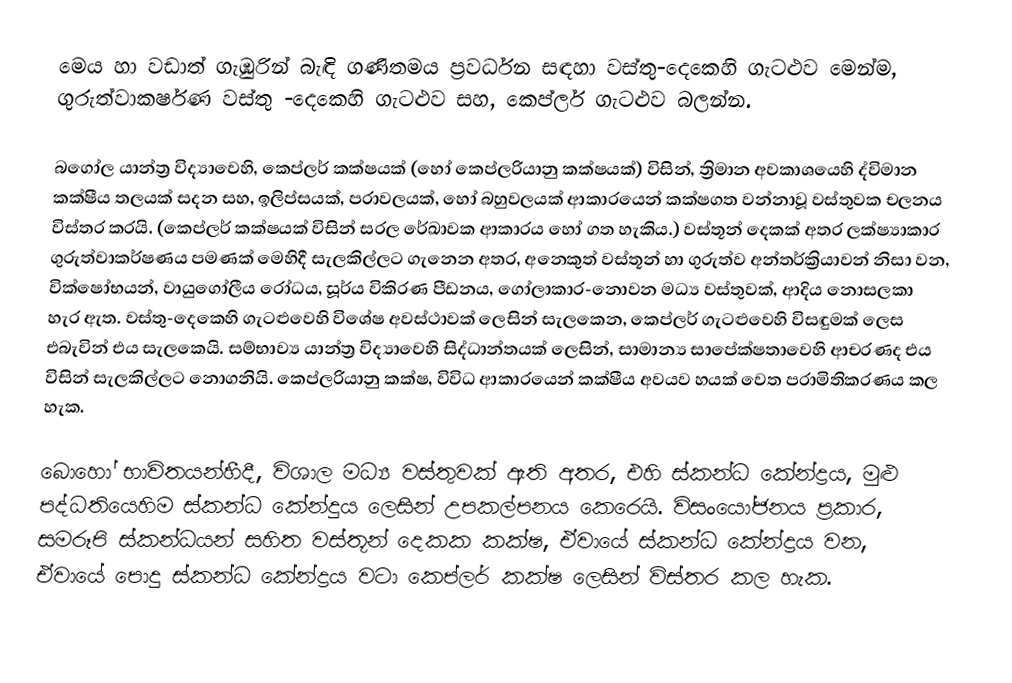
මෙය හා වඩාත් ගැඹුරින් බැඳි ගණිතමය ප්‍රවර්ධන සඳහා වස්තු-දෙකෙහි ගැටළුව මෙන්ම, ගුරුත්වාකර්ෂණ වස්තු -දෙකෙහි ගැටළුව සහ, කෙප්ලර් ගැටළුව බලන්න.

බගෝල යාන්ත්‍ර විද්‍යාවෙහි, කෙප්ලර් කක්ෂයක් (හෝ කෙප්ලරියානු කක්ෂයක්) විසින්, ත්‍රිමාන අවකාශයෙහි ද්විමාන කක්ෂීය තලයක් සදන සහ,  ඉලිප්සයක්, පරාවලයක්, හෝ බහුවලයක් ආකාරයෙන් කක්ෂගත වන්නාවූ වස්තුවක චලනය විස්තර කරයි. (කෙප්ලර් කක්ෂයක් විසින්  සරල රේඛාවක ආකාරය හෝ ගත හැකිය.) වස්තූන් දෙකක් අතර ලක්ෂ්‍යාකාර ගුරුත්වාකර්ෂණය පමණක් මෙහිදී සැලකිල්ලට ගැනෙන අතර, අනෙකුත් වස්තූන් හා ගුරුත්ව අන්තර්ක්‍රියාවන් නිසා වන, වික්ෂෝභයන්, වායුගෝලීය රෝධය, සූර්ය විකිරණ පීඩනය, ගෝලාකාර-නොවන මධ්‍ය වස්තුවක්, ආදිය නොසලකා හැර ඇත. වස්තු-දෙකෙහි ගැටළුවෙහි විශේෂ අවස්ථාවක් ලෙසින් සැලකෙන, කෙප්ලර් ගැටළුවෙහි විසඳුමක් ලෙස එබැවින් එය සැලකෙයි. සම්භාව්‍ය යාන්ත්‍ර විද්‍යාවෙහි සිද්ධාන්තයක් ලෙසින්, සාමාන්‍ය සාපේක්ෂතාවෙහි ආචරණද එය විසින් සැලකිල්ලට නොගනියි. කෙප්ලරියානු කක්ෂ, විවිධ ආකාරයෙන්  කක්ෂීය අවයව හයක් වෙත පරාමිතිකරණය  කල හැක.

බොහෝ භාවිතයන්හීදී, විශාල මධ්‍ය වස්තුවක් ඇති අතර, එහි ස්කන්ධ කේන්ද්‍රය, මුළු පද්ධතියෙහිම ස්කන්ධ කේන්දුය ලෙසින් උපකල්පනය කෙරෙයි. විසංයෝජනය ප්‍රකාර, සමරූපි ස්කන්ධයන් සහිත වස්තූන් දෙකක කක්ෂ, ඒවායේ ස්කන්ධ කේන්ද්‍රය වන, ඒවායේ පොදු ස්කන්ධ කේන්ද්‍රය වටා කෙප්ලර් කක්ෂ ලෙසින් විස්තර කල හැක.